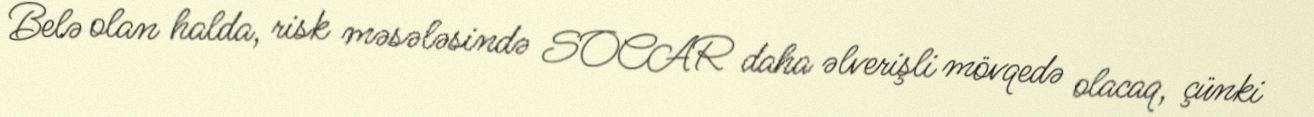
Belə olan halda, risk məsələsində SOCAR daha əlverişli mövqedə olacaq, çünki